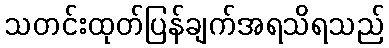
သတင်းထုတ်ပြန်ချက်အရသိရသည်